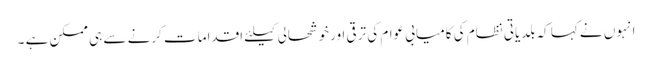
انہوں نے کہا کہ بلدیاتی نظام کی کامیابی عوام کی ترقی اورخوشحالی کیلئے اقدامات کرنے سے ہی ممکن ہے ۔